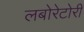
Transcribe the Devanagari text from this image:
लबोरेटोरी